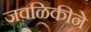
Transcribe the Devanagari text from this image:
जवळिकीने